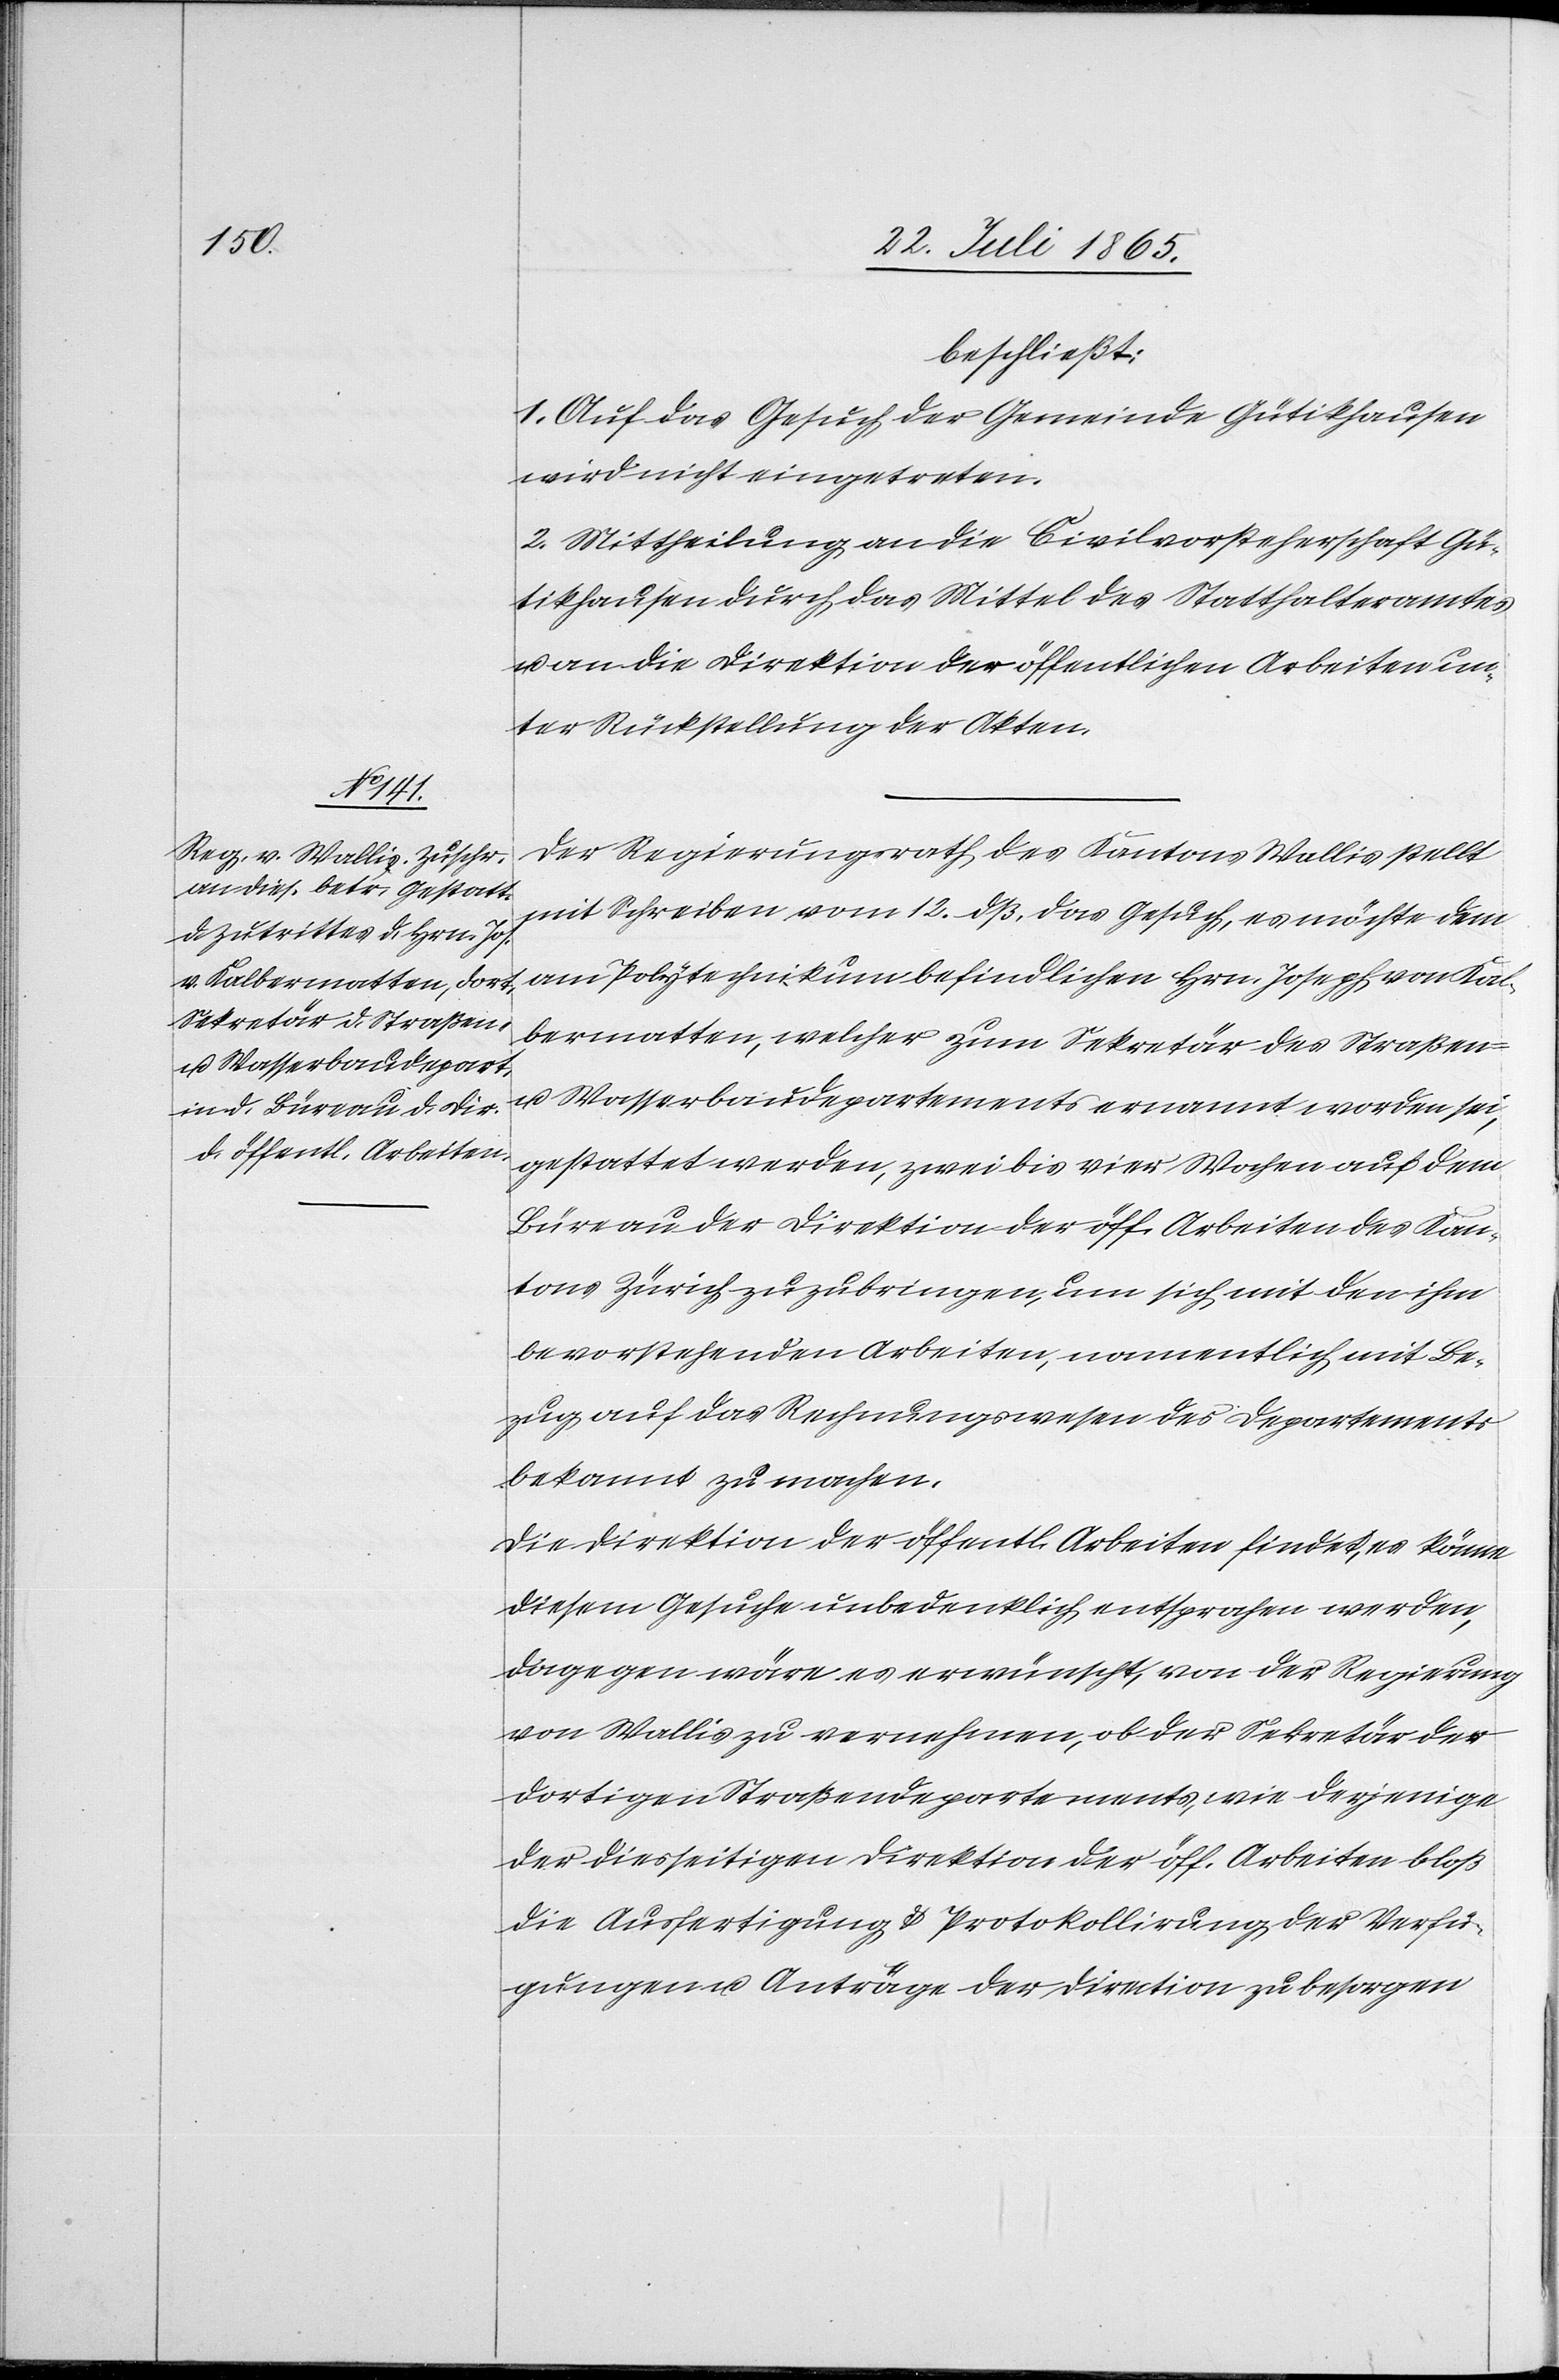
beschließt:
1. Auf das Gesuch der Gemeinde Gütikhausen
wird nicht eingetreten.
2. Mittheilung an die Civilvorsteherschaft Gü¬
tikhausen durch das Mittel des Statthalteramtes
u. an die Direktion der öffentlichen Arbeiten un¬
ter Rückstellung der Akten.
Der Regierungsrath des Kantons Wallis stellt
mit Schreiben vom 12. dß. das Gesuch, es möchte dem
am Polytechnikum befindlichen Hrn. Joseph von Kal¬
bermatten, welcher zum Sekretär des Straßen-
u. Wasserbaudepartements ernannt worden sei,
gestattet werden, zwei bis vier Wochen auf dem
Büreau der Direktion der öff. Arbeiten des Kan¬
tons Zürich zuzubringen, um sich mit den ihm
bevorstehenden Arbeiten, namentlich mit Be¬
zug auf das Rechnungswesen des Departements
bekannt zu machen.
Die Direktion der öffentl. Arbeiten findet, es könne
diesem Gesuche unbedenklich entsprochen werden,
dagegen wäre es erwünscht, von der Regierung
von Wallis zu vernehmen, ob der Sekretär der
dortigen Straßendepartements, wie derjenige
der diesseitigen Direktion der öff. Arbeiten bloß
die Ausfertigung u. Protokollirung der Verfü¬
gungen u. Anträge der Direction zu besorgen